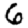
Digit: 6